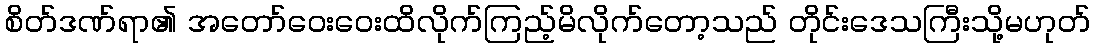
စိတ်ဒဏ်ရာ၏ အတော်ဝေးဝေးထိလိုက်ကြည့်မိလိုက်တော့သည် တိုင်းဒေသကြီးသို့မဟုတ်